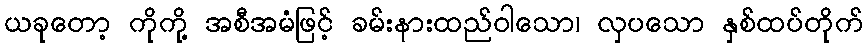
ယခုတော့ ကိုကို့ အစီအမံဖြင့် ခမ်းနားထည်ဝါသော၊ လှပသော နှစ်ထပ်တိုက်